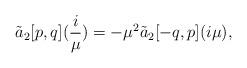
LaTeX: \begin{align*}\tilde a_{2}[p,q](\frac{i}{\mu})=-\mu^{2} \tilde a_{2}[-q,p](i\mu),\end{align*}